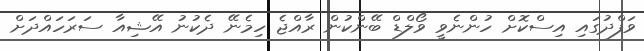
ވަފްދުގައި އިސްކޮށް ހުންނެވީ ވޯލްޑް ބޭންކުން ރާއްޖެ ހިމެނޭ ދެކުނު އޭޝިއާ ސަރަހައްދަށް